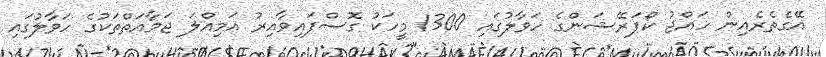
އޭގެތެރެއިން ހައްޖު ކޯޕަރޭޝަންގެ ހަވާލުގައި 1300 މީހަކު ގޮސްފައިވާއިރު އަމިއްލަ ޖަމާއަތްތަކުގެ ހަވާލުގައި